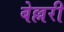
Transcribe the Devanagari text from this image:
बेल्लरी